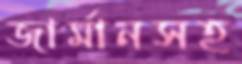
জার্মানসহ